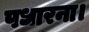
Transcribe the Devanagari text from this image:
पधारना।